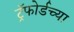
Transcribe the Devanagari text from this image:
ट्रॅफोर्डच्या